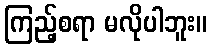
ကြည့်စရာ မလိုပါဘူး။